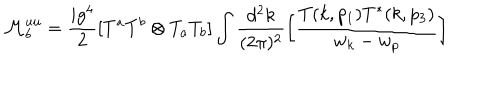
LaTeX: { \cal M } _ { b } ^ { u u } = \frac { i g ^ { 4 } } { 2 } [ T ^ { a } T ^ { b } \otimes T _ { a } T _ { b } ] \int \frac { d ^ { 2 } k } { ( 2 \pi ) ^ { 2 } } \left[ \frac { T ( k , p _ { 1 } ) T ^ { * } ( k , p _ { 3 } ) } { w _ { k } - w _ { p } } \right]